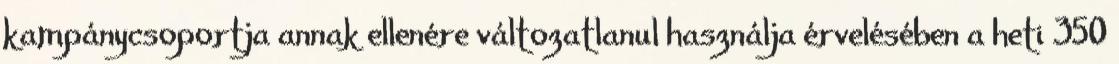
kampánycsoportja annak ellenére változatlanul használja érvelésében a heti 350